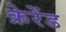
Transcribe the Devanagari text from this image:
क्रेरेंड